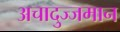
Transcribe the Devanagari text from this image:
अचादुज्जमान